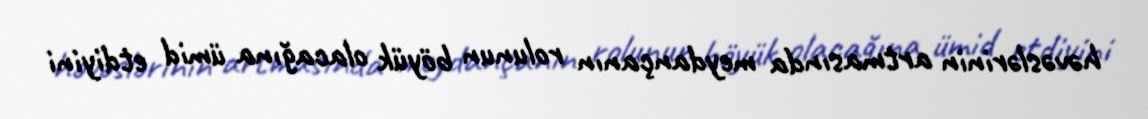
həvəslərinin artmasında meydançanın rolunun böyük olacağına ümid etdiyini